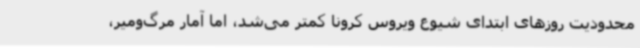
محدودیت روزهای ابتدای شیوع ویروس کرونا کمتر می‌شد، اما آمار مرگ‌ومیر،